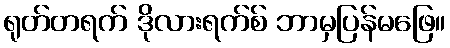
ရုတ်တရက် ဒိုလားရက်စ် ဘာမှပြန်မဖြေ။